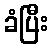
ခံပြီး